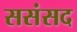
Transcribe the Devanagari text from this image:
ससंसद